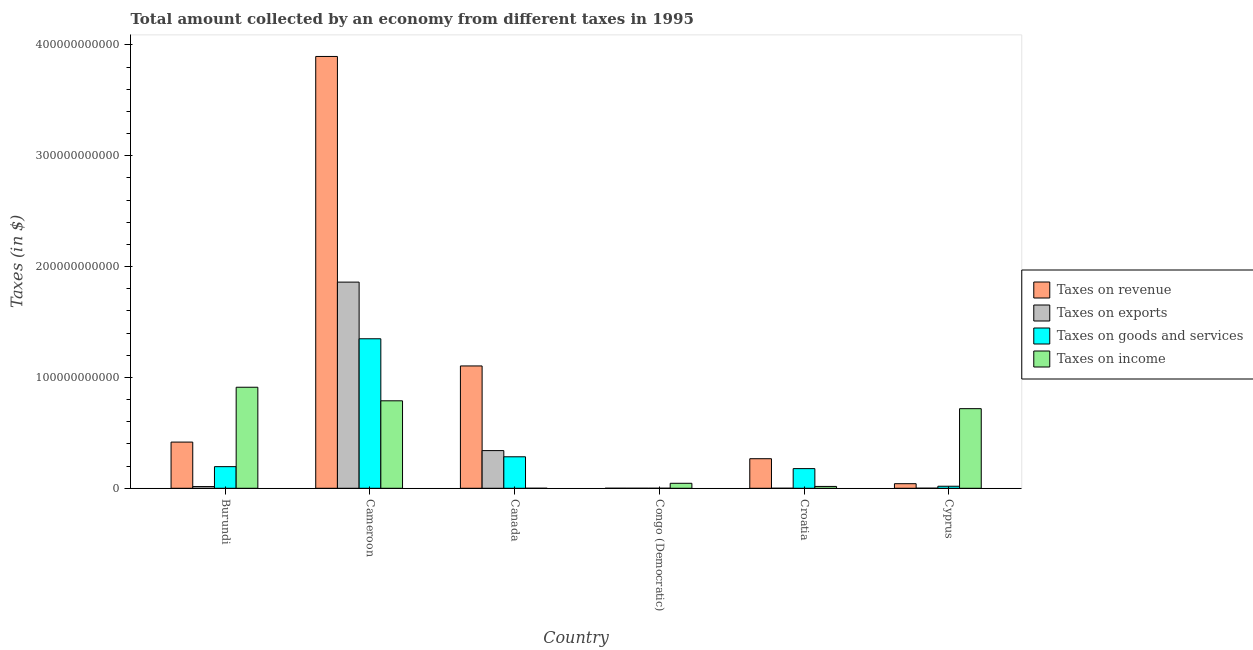
| Country | Taxes on revenue | Taxes on exports | Taxes on goods and services | Taxes on income |
 | --- | --- | --- | --- | --- |
 | Burundi | 4.17e+10 | 1.55e+09 | 1.95e+10 | 9.12e+10 |
 | Cameroon | 3.9e+11 | 1.86e+11 | 1.35e+11 | 7.89e+10 |
 | Canada | 1.1e+11 | 3.4e+10 | 2.84e+10 | 7e+06 |
 | Congo (Democratic) | 1.96e+07 | 3e+06 | 3.96e+06 | 4.51e+09 |
 | Croatia | 2.67e+10 | 1.4e+06 | 1.77e+10 | 1.67e+09 |
 | Cyprus | 4.13e+09 | 6.3e+07 | 1.83e+09 | 7.18e+10 |